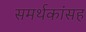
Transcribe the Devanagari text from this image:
समर्थकांसह